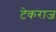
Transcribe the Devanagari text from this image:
टेकराज